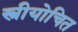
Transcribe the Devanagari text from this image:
स्त्रीयोचित